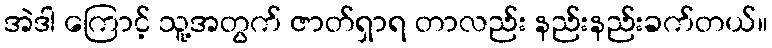
အဲဒါ ကြောင့် သူ့အတွက် ဇာတ်ရှာရ တာလည်း နည်းနည်းခက်တယ်။